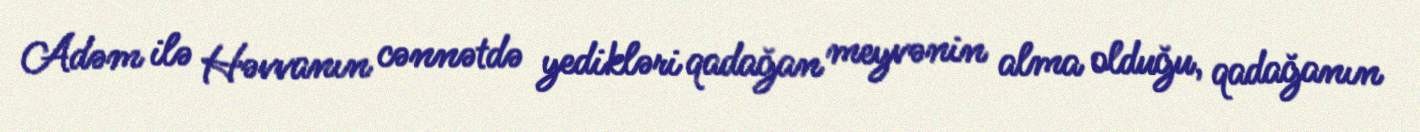
Adəm ilə Həvvanın cənnətdə yedikləri qadağan meyvənin alma olduğu, qadağanın